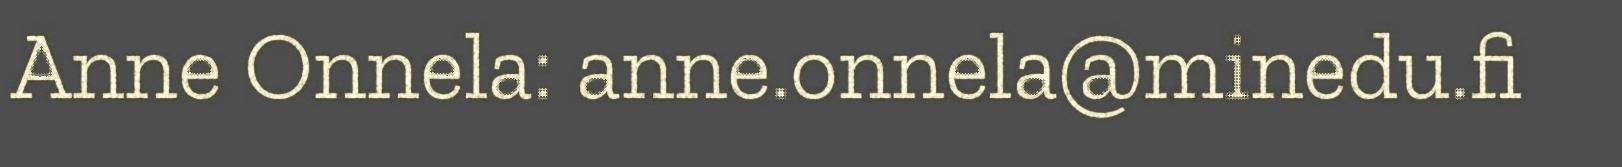
Anne Onnela: anne.onnela@minedu.fi